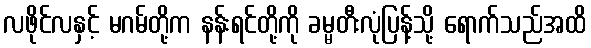
လဖိုင်လနှင့် မဂမ်တို့က နန်းရင်တို့ကို ခမ္မတီးလုံပြန့်သို့ ရောက်သည်အထိ